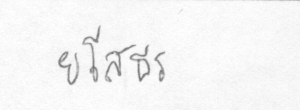
ยโสธร